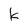
Character: k